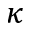
\kappa